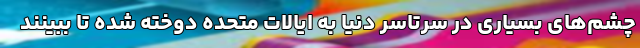
چشم‌های بسیاری در سرتاسر دنیا به ایالات متحده دوخته شده تا ببینند